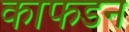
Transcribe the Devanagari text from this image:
काफडन